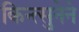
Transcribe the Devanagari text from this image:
किन्त्सुनेने